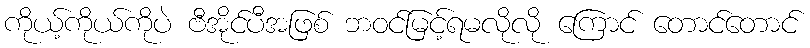
ကိုယ့်ကိုယ်ကိုပဲ ဗီအိုင်ပီအဖြစ် ဘဝင်မြင့်ရမလိုလို ကြောင် တောင်တောင်